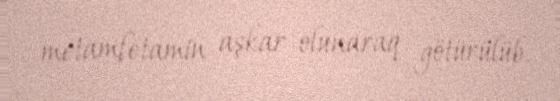
metamfetamin aşkar olunaraq götürülüb.